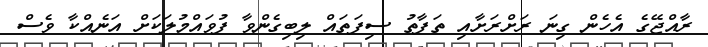
ރާއްޖޭގެ އެހެން ގިނަ ރަށްރަށާއި ތަފާތު ސިފަތައް ލިބިގެންވާ ފުވައްމުލަކަށް އަނެއްކާ ވެސް